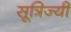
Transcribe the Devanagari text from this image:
सूत्रिज्यी